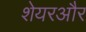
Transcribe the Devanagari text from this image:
शेयरऔर